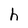
Character: h